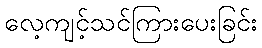
လေ့ကျင့်သင်ကြားပေးခြင်း